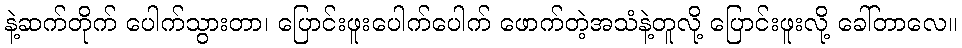
နဲ့ဆက်တိုက် ပေါက်သွားတာ၊ ပြောင်းဖူးပေါက်ပေါက် ဖောက်တဲ့အသံနဲ့တူလို့ ပြောင်းဖူးလို့ ခေါ်တာလေ။